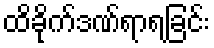
ထိခိုက်ဒဏ်ရာရခြင်း